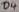
Text: D4